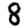
Digit: 8